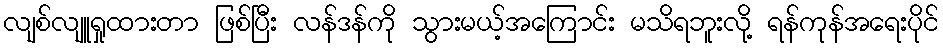
လျစ်လျူရှုထားတာ ဖြစ်ပြီး လန်ဒန်ကို သွားမယ့်အကြောင်း မသိရဘူးလို့ ရန်ကုန်အရေးပိုင်